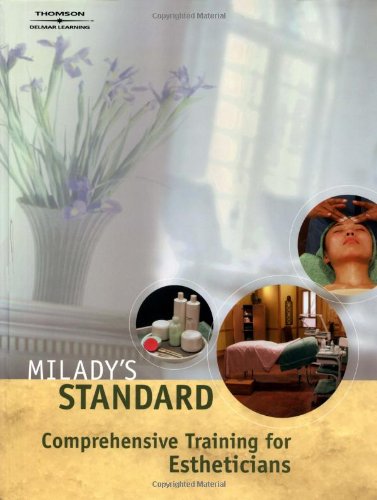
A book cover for Milady's Standard Comprehensive Training for Estheticians; Milady; Health, Fitness & Dieting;